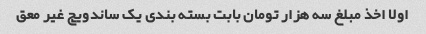
اولا اخذ مبلغ سه هزار تومان بابت بسته بندی یک ساندویچ غیر معق